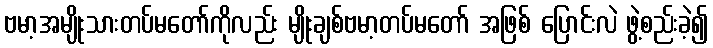
ဗမာ့အမျိုးသားတပ်မတော်ကိုလည်း မျိုးချစ်ဗမာ့တပ်မတော် အဖြစ် ပြောင်းလဲ ဖွဲ့စည်းခဲ့၍